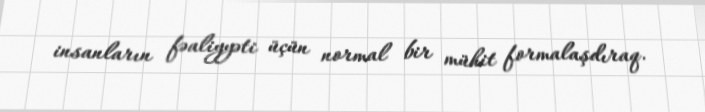
insanların fəaliyyəti üçün normal bir mühit formalaşdıraq.